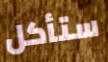
ستأكل